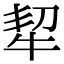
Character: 㸷